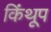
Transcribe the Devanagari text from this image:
किंथूप